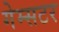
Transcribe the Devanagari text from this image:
गेम्सटर